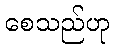
စေသည်ဟု